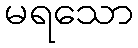
မရသော